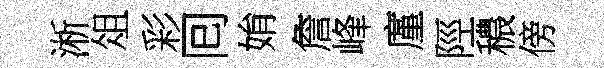
淅俎彩囘姢詹峰廑陘穠傍